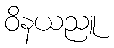
ဝိနယညူ